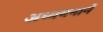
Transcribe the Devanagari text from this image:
अध्ययनानें